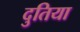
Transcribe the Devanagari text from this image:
दुतिया